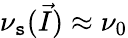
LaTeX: \nu_{\mathtt{s}}(\vec{{I}})\approx\nu_{0}